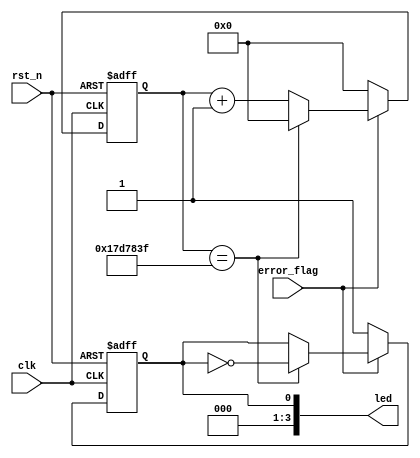
//****************************************Copyright (c)***********************************//
//www.yuanzige.com
//www.openedv.com
//http://openedv.taobao.com
//""ZYNQ & FPGA & STM32 & LINUX
//
//Copyright(C)  2018-2028
//All rights reserved
//----------------------------------------------------------------------------------------
// File name:           led_alarm
// Last modified Date:  2020/05/28 20:28:08
// Last Version:        V1.0
// Descriptions:        LEDLEDSD
//                      
//----------------------------------------------------------------------------------------
// Created by:          
// Created date:        2020/05/28 20:28:08
// Version:             V1.0
// Descriptions:        The original version
//
//----------------------------------------------------------------------------------------
//****************************************************************************************//

module led_alarm #(parameter    L_TIME = 25'd25_000_000  // led500ms
    )(
        //system clock
        input             clk       ,  // 
        input             rst_n     ,  // 

        //led interface
        output   [3:0]    led       ,  // LED 

        //user interface
        input             error_flag   // 
);

//reg define
reg               led_t  ;             // led
reg    [24:0]     led_cnt;             // led

//*****************************************************
//**                    main code
//*****************************************************

//led
assign  led = {3'b000,led_t};

//1ledLED0
always @(posedge clk or negedge rst_n) begin
    if(!rst_n) begin
        led_cnt <= 25'd0;
        led_t <= 1'b0;
    end
    else begin
        if(error_flag) begin                  // 
            if(led_cnt == L_TIME - 1'b1) begin// LEDL_TIME
                led_cnt <= 25'd0;
                led_t <= ~led_t;
            end
            else
                led_cnt <= led_cnt + 25'd1;
        end
        else begin                            // 
            led_cnt <= 25'd0;
            led_t <= 1'b1;                    // led
        end
    end
end

endmodule